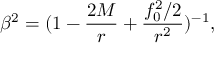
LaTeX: \beta ^ { 2 } = ( 1 - \frac { 2 M } { r } + \frac { f _ { 0 } ^ { 2 } / 2 } { r ^ { 2 } } ) ^ { - 1 } ,